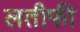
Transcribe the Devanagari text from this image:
लतीफी